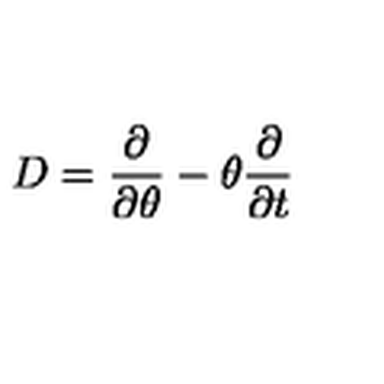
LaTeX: D = \frac { \partial } { \partial \theta } - \theta \frac { \partial } { \partial t }